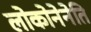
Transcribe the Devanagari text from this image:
लोकोनेनेति